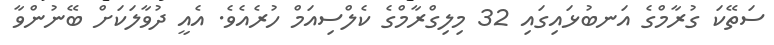
ސަތޭކަ ގުރާމްގެ އަނބުޅައިގައި 32 މިލިގްރާމްގެ ކެލްސިއަމް ހުރެއެވެ. އެއީ ދުވާލަކަށް ބޭނުންވާ